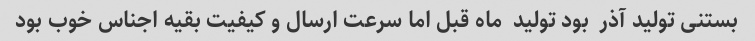
بستنی تولید آذر  بود تولید  ماه قبل اما سرعت ارسال و کیفیت بقیه اجناس خوب بود